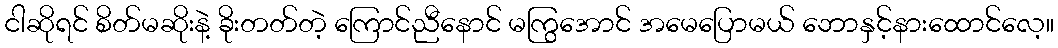
ငါဆိုရင် စိတ်မဆိုးနဲ့ ခိုးတတ်တဲ့ ကြောင်ညီနောင် မကြွအောင် အမေပြောမယ် ဘောနှင့်နားထောင်လေ့။